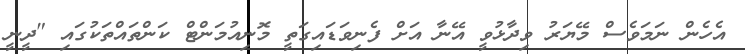
އެހެން ނަމަވެސް މޭޔަރު ވިދާޅުވީ އޭނާ އަށް ފެނިވަޑައިގަތީ މޮނިއުމަންޓް ކަންތައްތަކުގައި "ދީނީ